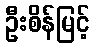
ဦးစိန်မြင့်